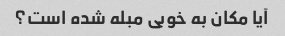
آیا مکان به خوبی مبله شده است؟